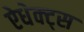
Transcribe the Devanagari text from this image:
ऐधेक्ट्स